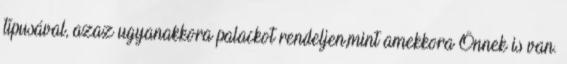
típusával, azaz ugyanakkora palackot rendeljen,mint amekkora Önnek is van.